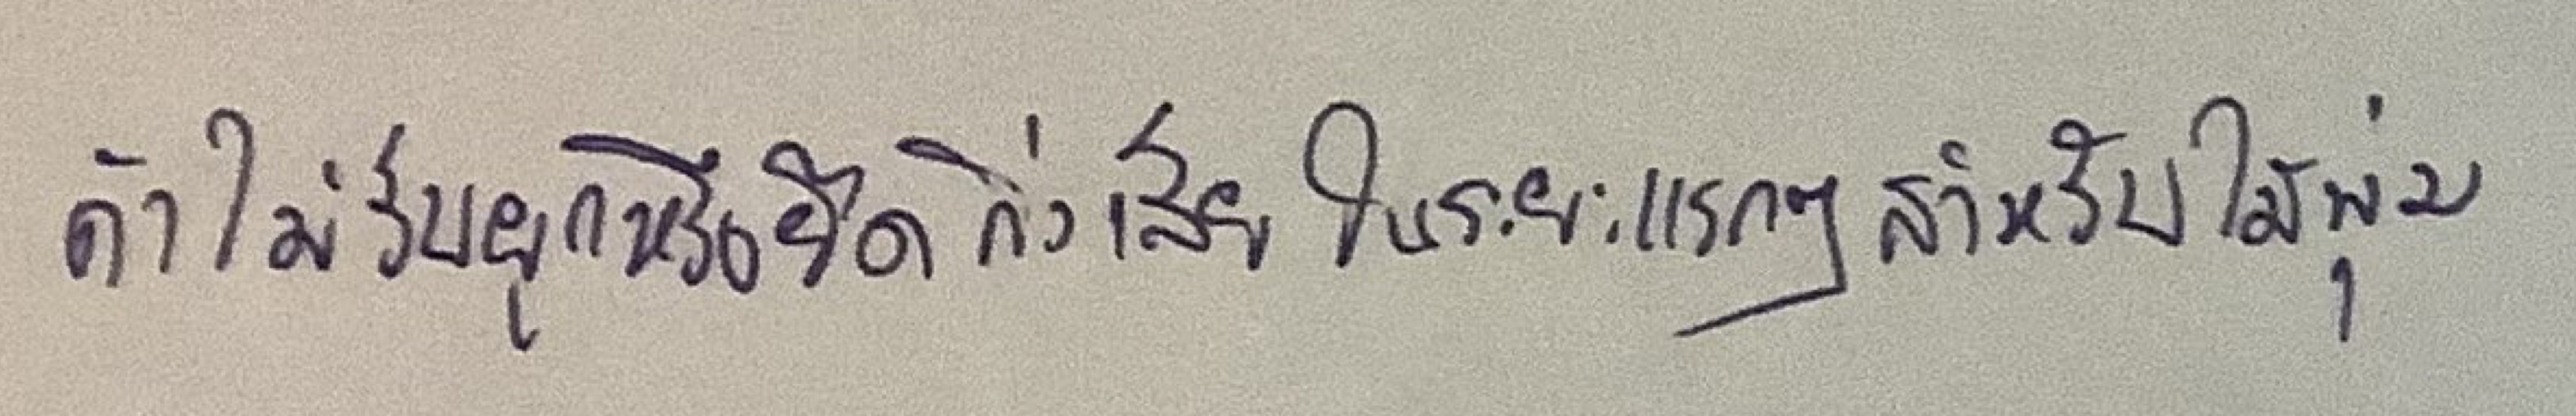
ถ้าไม่รีบผูกหรือยึดกิ่งเสียในระยะแรกๆแต่สำหรับไม้พุ่ม